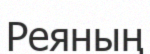
Реяның